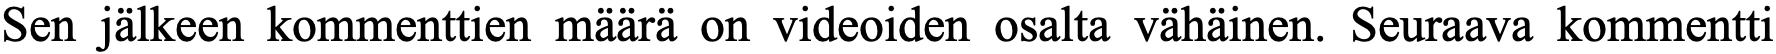
Sen jälkeen kommenttien määrä on videoiden osalta vähäinen. Seuraava kommentti